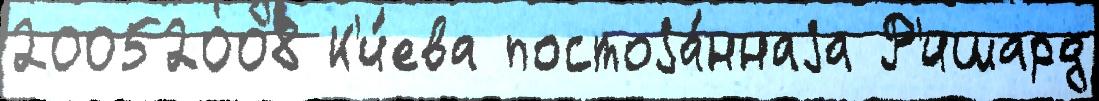
20052008 К'и́ева постоjа́ннаjа Р'ишард